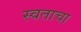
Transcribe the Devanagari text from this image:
स्वताचा